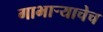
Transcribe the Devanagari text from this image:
गाभार्‍याचेच